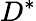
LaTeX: D^{\ast}